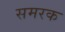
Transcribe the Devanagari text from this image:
समरक